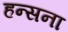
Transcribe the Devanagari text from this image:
हन्सना